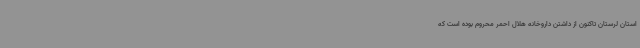
استان لرستان تاکنون از داشتن داروخانه هلال احمر محروم بوده است که